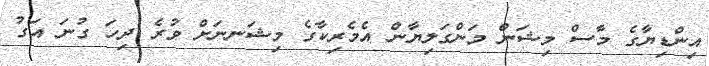
އިންޑިޔާގެ މާސް މިޝަން މަންގަލިޔާން އެމެރިކާގެ މިޝަނނަށް ވުރެ ދިހަ ގުނަ އަގު